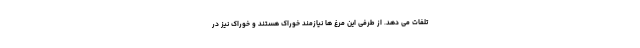
تلفات می دهد. از طرفی این مرغ ها نیازمند خوراک هستند و خوراک نیز در